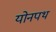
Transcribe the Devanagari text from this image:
योनपथ